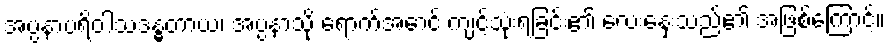
အပ္ပနာပရိဝါသဒန္ဓတာယ၊ အပ္ပနာသို့ ရောက်အောင် ကျင့်သုံးရခြင်း၏ လေးနှေးသည်၏ အဖြစ်ကြောင့်။